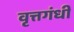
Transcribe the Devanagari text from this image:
वृत्तगंधी